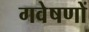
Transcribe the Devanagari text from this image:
गवेषणों